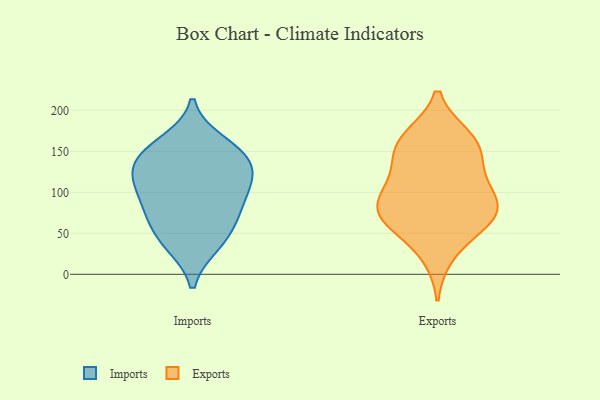
{"axis": {"x": "Temperature (°C)", "y": "Value"}, "legend": ["Exports", "Imports"], "data": [{"x": "", "y": 71, "type": "Imports"}, {"x": "", "y": 160, "type": "Imports"}, {"x": "", "y": 37, "type": "Imports"}, {"x": "", "y": 107, "type": "Imports"}, {"x": "", "y": 140, "type": "Imports"}, {"x": "", "y": 114, "type": "Imports"}, {"x": "", "y": 141, "type": "Imports"}, {"x": "", "y": 69, "type": "Imports"}, {"x": "", "y": 89, "type": "Imports"}, {"x": "", "y": 117, "type": "Imports"}, {"x": "", "y": 41, "type": "Imports"}, {"x": "", "y": 147, "type": "Imports"}, {"x": "", "y": 73, "type": "Exports"}, {"x": "", "y": 100, "type": "Exports"}, {"x": "", "y": 106, "type": "Exports"}, {"x": "", "y": 24, "type": "Exports"}, {"x": "", "y": 138, "type": "Exports"}, {"x": "", "y": 58, "type": "Exports"}, {"x": "", "y": 73, "type": "Exports"}, {"x": "", "y": 74, "type": "Exports"}, {"x": "", "y": 167, "type": "Exports"}, {"x": "", "y": 161, "type": "Exports"}, {"x": "", "y": 97, "type": "Exports"}, {"x": "", "y": 140, "type": "Exports"}, {"x": "", "y": 70, "type": "Exports"}, {"x": "", "y": 165, "type": "Exports"}]}